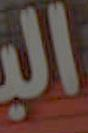
البي